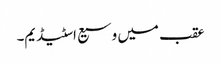
عقب میں وسیع اسٹیڈیم۔